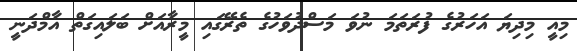
މިއީ މިދިޔަ އަހަރުގެ ފުރަތަމަ ނުވަ މަސްދުވަހުގެ ތެރޭގައި މީރާއަށް ބަލައިގަތް އާމްދަނީ